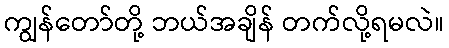
ကျွန်တော်တို့ ဘယ်အချိန် တက်လို့ရမလဲ။